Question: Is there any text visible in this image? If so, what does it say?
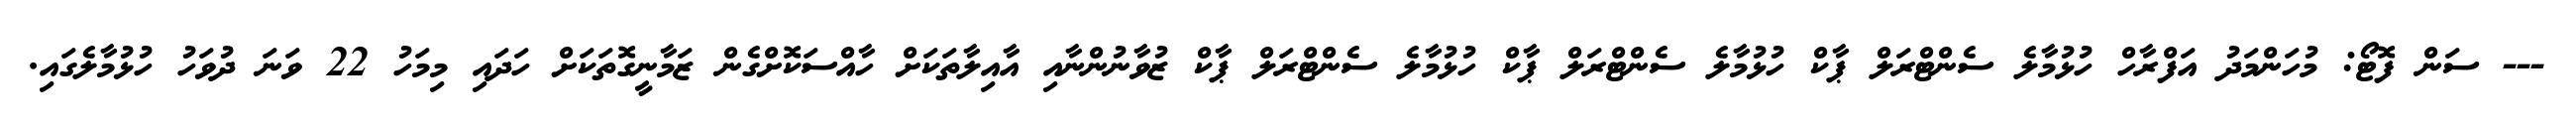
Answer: --- ސަން ފޮޓޯ: މުހަންމަދު އަފްރާހް ހުޅުމާލެ ސެންޓްރަލް ޕާކް ހުޅުމާލެ ސެންޓްރަލް ޕާކް ހުޅުމާލެ ސެންޓްރަލް ޕާކް ޒުވާނުންނާއި އާއިލާތަކަށް ހާއްސަކޮށްގެން ޒަމާނީގޮތަކަށް ހަދައި މިމަހު 22 ވަނަ ދުވަހު ހުޅުމާލެގައި.